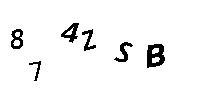
874ZSB